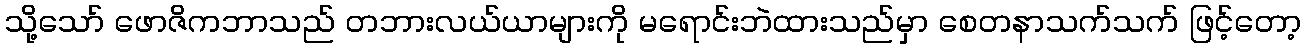
သို့သော် ဖောဇိကဘာသည် တဘားလယ်ယာများကို မရောင်းဘဲထားသည်မှာ စေတနာသက်သက် ဖြင့်တော့